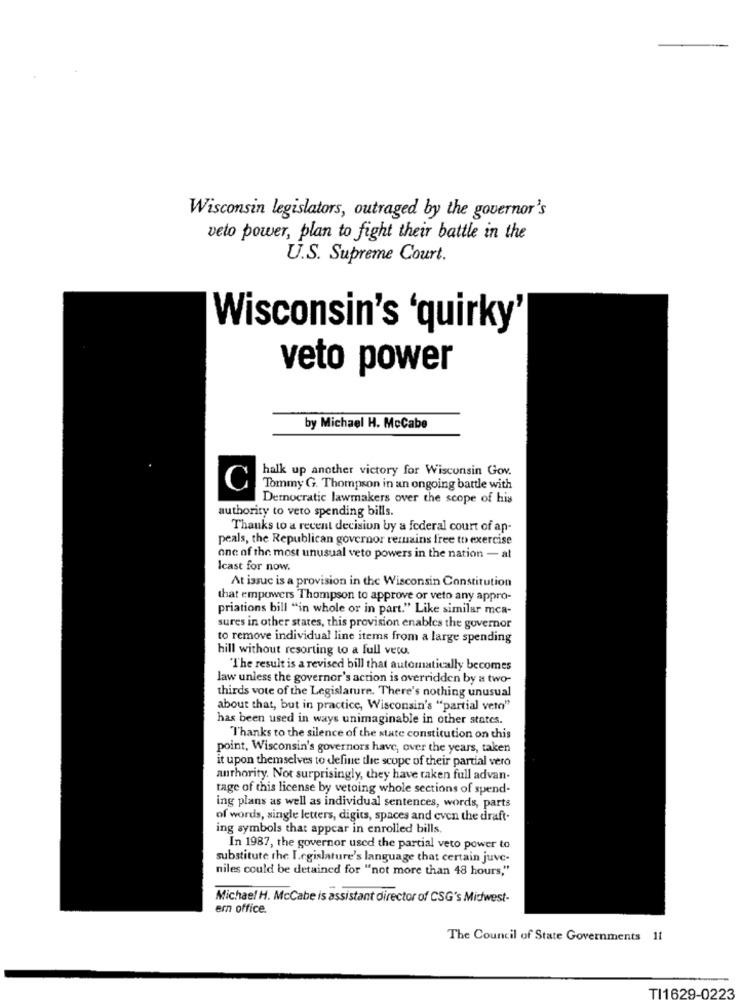
Wisconsin legislators, outraged by the governor's
veto power, plan to fight their battle in the
U.S. Supreme Court.
Wisconsin's 'quirky'
veto power
by Michael H. McCabe
halk up another victory for Wisconsin Gov.
C
Tommy G. Thompson in an ongoing battle with
Democratic lawmakers over the scope of his
authority to veto spending bills.
Thanks to a recent decision by a federal court of ap-
peals, the Republican governor remains free to exercise
one of the most unusual veto powers in the nation - at
Icast for now.
At issue is a provision in the Wisconsin Constitution
that empowers Thompson to approve or veto any appro-
priations bill "in whole or in part." Like similar mca-
sures in other states, this provision enables the governor
to remove individual line items from a large spending
hill without resorting to a full vero.
"The result is a revised bill that automatically becomes
law unless the governor's action is overridden by a two-
thirds vote of the Legislature. There's nothing unusual
about that, but in practice, Wisconsin's "partial veto"
has been used in ways unimaginable in other states.
Thanks to the silence of the state constitution on this
point, Wisconsin's governors have, over the years, taken
it upon themselves to define the scope of their partial vero
authority. Not surprisingly, they have taken full advan-
tage of this license by vetoing whole sections of spend-
ing plans as well as individual sentences, words, parts
of words, single letters, digits, spaces and even the draft.
ing symbols that appear in enrolled bills,
In 1987, the governor used the partial veto power to
substitute the Legislature's language that certain juve-
niles could be detained for "not more than 48 hours,"
Michael H. McCabe is assistant director of CSG's Midwest-
ern office.
The Council of State Governments 11
TI1629-0223